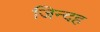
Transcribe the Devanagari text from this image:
जिन्दह